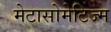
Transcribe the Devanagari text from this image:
मेटासोमेटिज्म